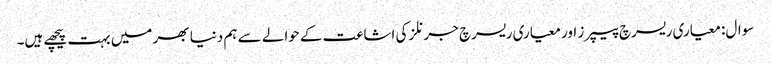
سوال: معیاری ریسرچ پیپرز اور معیاری ریسرچ جرنلز کی اشاعت کے حوالے سے ہم دنیا بھر میں بہت پیچھے ہیں۔